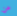
عن